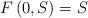
LaTeX: \begin{align*}F\left( 0,S\right) =S \end{align*}